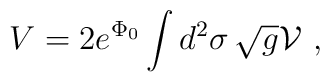
V = 2 e^{\Phi_0}\int d^2 \sigma \,\sqrt{g} {\cal V}\ ,